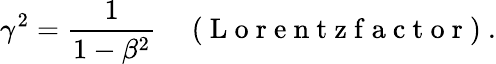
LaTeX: \gamma^{2}=\frac{1}{1-\beta^{2}}\enspace\enspace\mathrm{~(~L~o~r~e~n~t~z~f~a~c~t~o~r~)~}.